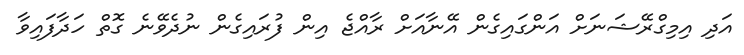
އަދި އިމިގްރޭޝަނަށް އަންގައިގެން އޭނާއަށް ރާއްޖެ އިން ފުރައިގެން ނުދެވޭނެ ގޮތް ހަދާފައިވާ